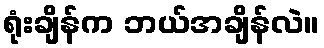
ရုံးချိန်က ဘယ်အချိန်လဲ။